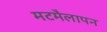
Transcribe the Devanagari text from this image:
मटमैलापन